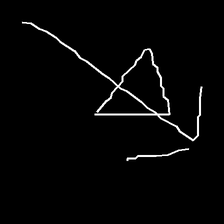
Glyph: pull